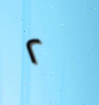
٢